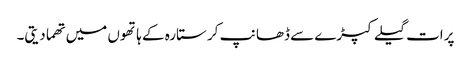
پرات گیلے کپڑے سے ڈھانپ کر ستارہ کے ہاتھوں میں تھما دیتی۔